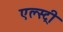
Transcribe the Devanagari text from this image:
एल्स्ट्री